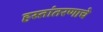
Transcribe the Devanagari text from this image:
हस्तांतरणाचे